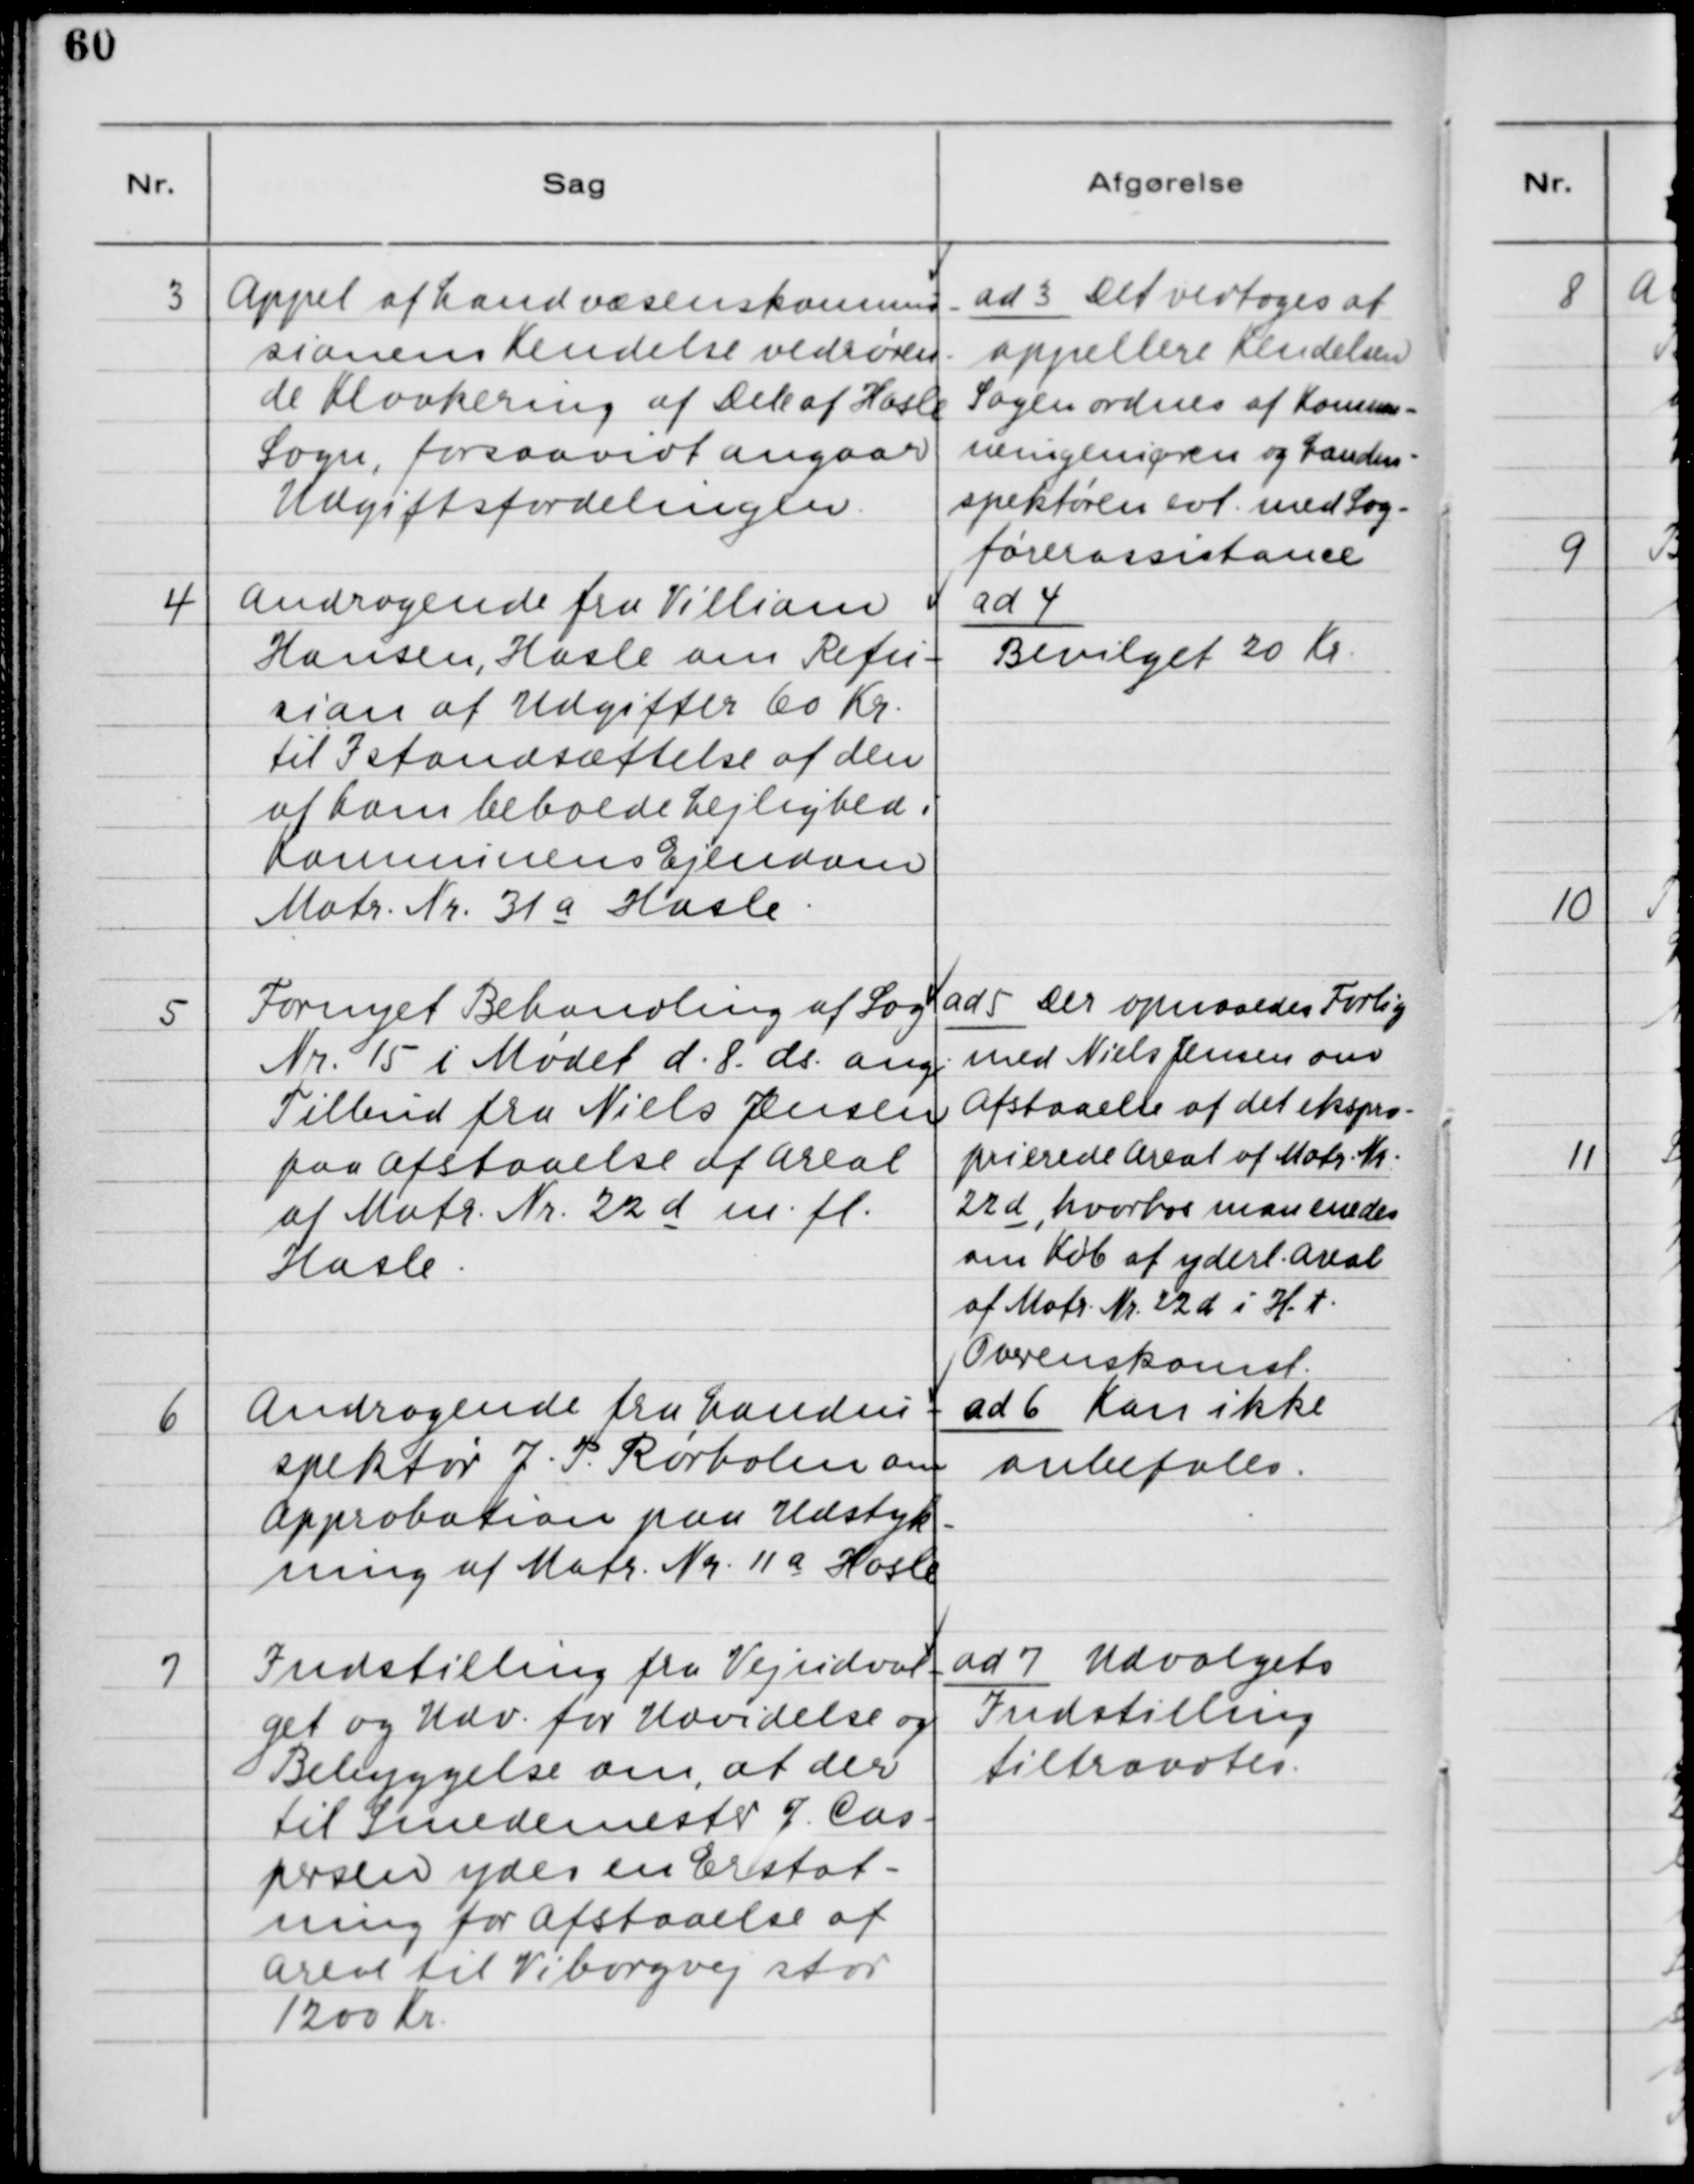
Transskription:
3. Appel af Landvæsenskommis-
sionens Kendelse vedrøren-
de Kloakering af Dele af Hasle
Sogn, forsaavidt angaar
Udgiftsfordelingen.

ad 3. Det vedtoges at
appellere Kendelsen.
Sagen ordnes af Kommu-
neingeniøren og Landin-
spektøren evt. med Sag-
førerassistance.

4. Andragende fra Villiam
Hansen, Hasle om Refu-
sion af Udgifter 60 Kr.
til Istandsættelse af den
af ham beboede Lejlighed i
Kommunens Ejendom
Matr. Nr. 31 a Hasle.

ad 4.
Bevilget 20 Kr.

5. Fornyet Behandling af Sag
Nr. 15 i Mødet d. 8. ds. ang.
Tilbud fra Niels Jensen
paa Afstaaelse af Areal
af Matr. Nr. 22d m.fl.
Hasle.

ad 5. Der opnaaedes Forlig
med Niels Jensen om
Afstaaelse af det ekspro-
prierede Areal af Matr. Nr.
22d, hvorhos man enedes
om Køb af yderl. Areal
af Matr. Nr. 22d i H. t.
Overenskomst.

6. Andragende fra Landin-
spektør J. P. Rørholm om
Approbation paa Udstyk-
ning af Matr. Nr. 11a Hasle.

ad 6. Kan ikke
anbefales.

7. Indstilling fra Vejudval-
get og Udv. for Udvidelse og
Bebyggelse om, at der
til Smedemester J. Cas-
persen ydes en Erstat-
ning for Afstaaelse af
Areal til Viborgvej stor
1200 Kr.

ad 7. Udvalgets
Indstilling
tiltrædes.